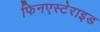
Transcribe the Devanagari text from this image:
फिनएस्टेराइड